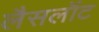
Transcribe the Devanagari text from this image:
लैसलॉट